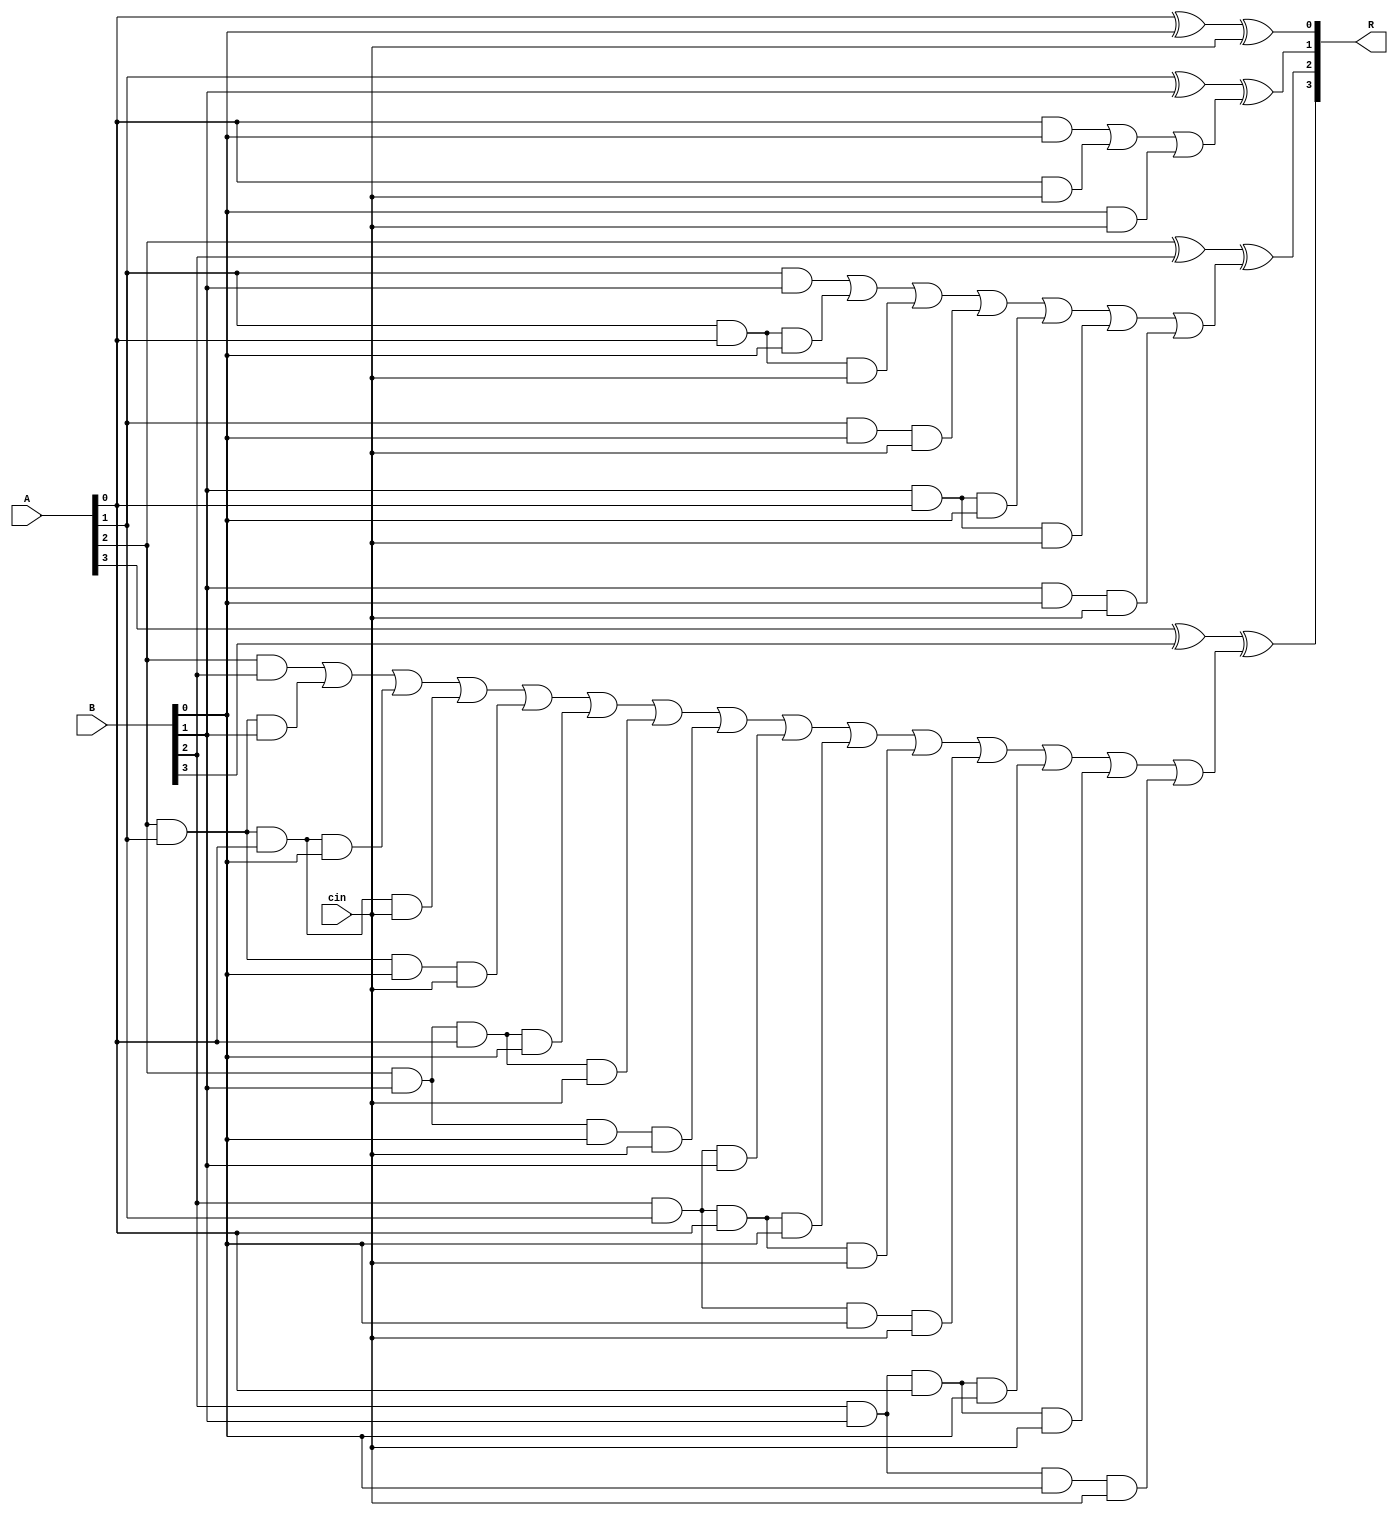
module alt_carry_look_ahead_adder_cin4
(
input [3:0] A, B,
input cin,
output [3:0] R
);
wire c0,  c1,  c2,  c3; 
wire c_one_1, c_one_2, c_one_3;
wire c_two_1, c_two_2, c_two_3, c_two_4, c_two_5, c_two_6, c_two_7;
wire c_three_1,c_three_2,c_three_3,c_three_4,c_three_5,c_three_6,c_three_7,c_three_8,c_three_9,c_three_10,c_three_11,c_three_12,c_three_13,c_three_14,c_three_15;


assign c0 = cin;
and(c_one_1 ,A[0],B[0]);
and(c_one_2 ,A[0],c0);
and(c_one_3 ,B[0],c0);
and(c_two_1 ,A[1],B[1]);
and(c_two_2 ,A[1],A[0],B[0]);
and(c_two_3 ,A[1],A[0],c0);
and(c_two_4 ,A[1],B[0],c0);
and(c_two_5 ,B[1],A[0],B[0]);
and(c_two_6 ,B[1],A[0],c0);
and(c_two_7 ,B[1],B[0],c0);
and(c_three_1 ,A[2],B[2]);
and(c_three_2 ,A[2],A[1],B[1]);
and(c_three_3 ,A[2],A[1],A[0],B[0]);
and(c_three_4 ,A[2],A[1],A[0],c0);
and(c_three_5 ,A[2],A[1],B[0],c0);
and(c_three_6 ,A[2],B[1],A[0],B[0]);
and(c_three_7 ,A[2],B[1],A[0],c0);
and(c_three_8 ,A[2],B[1],B[0],c0);
and(c_three_9 ,B[2],A[1],B[1]);
and(c_three_10 ,B[2],A[1],A[0],B[0]);
and(c_three_11 ,B[2],A[1],A[0],c0);
and(c_three_12 ,B[2],A[1],B[0],c0);
and(c_three_13 ,B[2],B[1],A[0],B[0]);
and(c_three_14 ,B[2],B[1],A[0],c0);
and(c_three_15 ,B[2],B[1],B[0],c0);



assign c1 = c_one_1| c_one_2| c_one_3;
assign c2 = c_two_1| c_two_2| c_two_3| c_two_4| c_two_5| c_two_6| c_two_7;
assign c3 = c_three_1|c_three_2|c_three_3|c_three_4|c_three_5|c_three_6|c_three_7|c_three_8|c_three_9|c_three_10|c_three_11|c_three_12|c_three_13|c_three_14|c_three_15;



assign R[0] = A[0] ^ B[0] ^ c0;
assign R[1] = A[1] ^ B[1] ^ c1;
assign R[2] = A[2] ^ B[2] ^ c2;
assign R[3] = A[3] ^ B[3] ^ c3;



endmodule